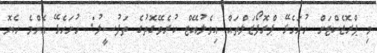
މި ޕްރޮޖެކްޓަށް ހުށަހެޅޭ ޕްރޮފޯޒަލްތައް އިވެލުއޭޓް ކުރެވޭގޮތުގެ ތަފުސީލު: ހުށަހެޅޭ އެންމެ ހެޔޮ